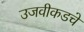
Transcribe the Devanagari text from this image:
उजवीकडचे